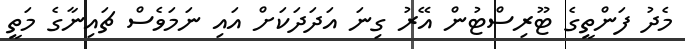
މެދު ފަންތީގެ ޓޫރިސްޓުން އޭރު ގިނަ އަދަދަކަށް އައި ނަމަވެސް ޗައިނާގެ މަތީ